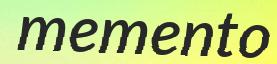
memento